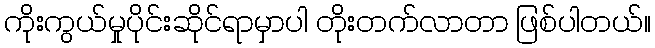
ကိုးကွယ်မှုပိုင်းဆိုင်ရာမှာပါ တိုးတက်လာတာ ဖြစ်ပါတယ်။